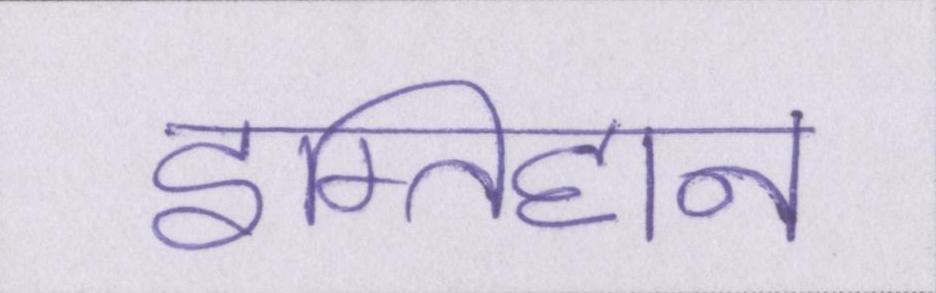
इम्तिहान